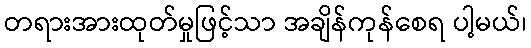
တရားအားထုတ်မှုဖြင့်သာ အချိန်ကုန်စေရ ပါ့မယ်၊